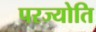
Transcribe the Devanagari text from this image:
परज्योति